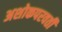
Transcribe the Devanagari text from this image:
अशोकपरवर्ती